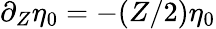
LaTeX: \partial_{Z}\eta_{0}=-(Z/2)\eta_{0}